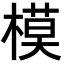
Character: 模